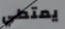
يمتطي